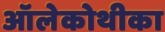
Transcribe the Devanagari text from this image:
ऑलेकोथीका